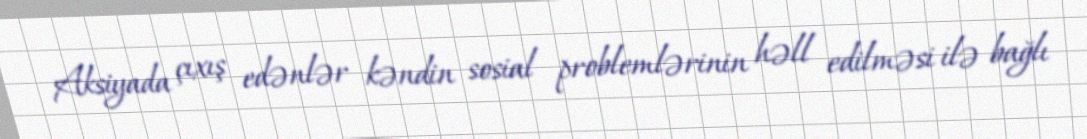
Aksiyada çıxış edənlər kəndin sosial problemlərinin həll edilməsi ilə bağlı